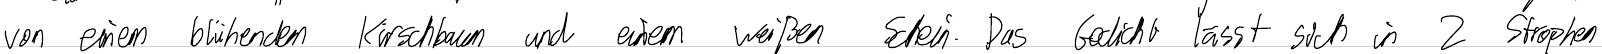
von einem blühenden Kirschbaum und einem weißen Schein. Das Gedicht lässt sich in 2 Strophen